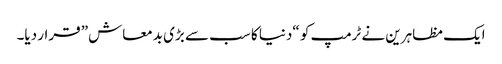
ایک مظاہرین نے ٹرمپ کو “دنیا کا سب سے بڑی بدمعاش” قرار دیا۔